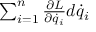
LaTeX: \textstyle \sum _ { i = 1 } ^ { n } { \frac { \partial L } { \partial { \dot { q } } _ { i } } } d { \dot { q } } _ { i }